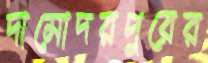
দামোদরপুরের